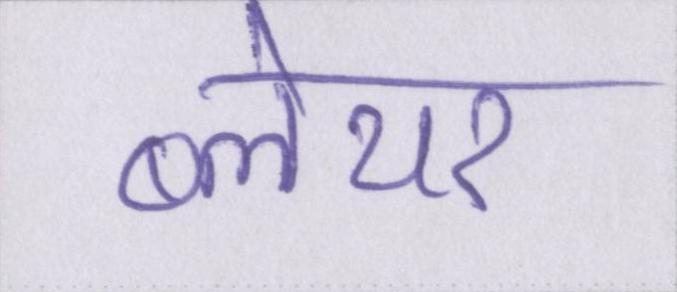
ब्लेयर